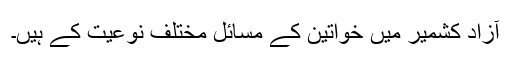
آزاد کشمیر میں خواتین کے مسائل مختلف نوعیت کے ہیں۔